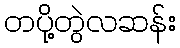
တပို့တွဲလဆန်း